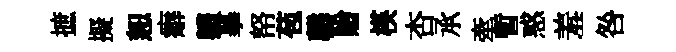
摭擬恕癖軆摹帑苞罄贈楧杏𠄘牽暫惑羞咎